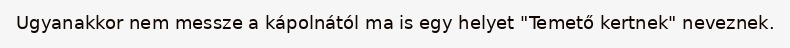
Ugyanakkor nem messze a kápolnától ma is egy helyet "Temető kertnek" neveznek.